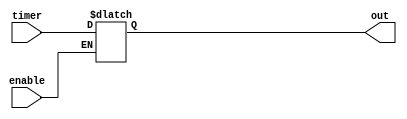
`timescale 1ns / 1ps
//////////////////////////////////////////////////////////////////////////////////
// Company: 
// Engineer: 
// 
// Design Name: 
// Module Name: savetime
// Project Name: 
// Target Devices: 
// Tool Versions: 
// Description: 
// 
// Dependencies: 
// 
// Revision:
// Revision 0.01 - File Created
// Additional Comments:
// 
//////////////////////////////////////////////////////////////////////////////////


module savetime(
        input [10:0] timer,
        input enable,
        output reg [10:0] out
    );
    always @ (enable) begin
        if (enable == 1) begin
            out <= timer;
        end
    end
endmodule